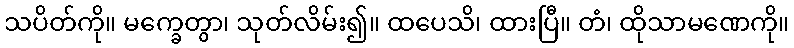
သပိတ်ကို။ မက္ခေတွာ၊ သုတ်လိမ်း၍။ ထပေသိ၊ ထားပြီ။ တံ၊ ထိုသာမဏေကို။